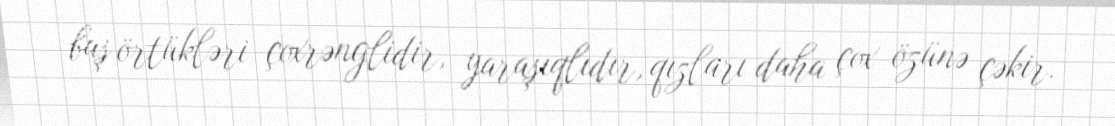
baş örtükləri çoxrənglidir, yaraşıqlıdır, qızları daha çox özünə çəkir.